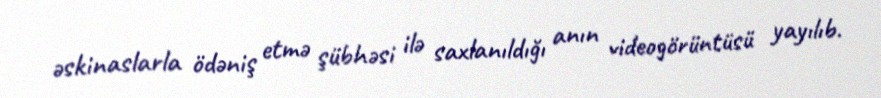
əskinaslarla ödəniş etmə şübhəsi ilə saxlanıldığı anın videogörüntüsü yayılıb.